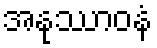
အနုဿာဝနံ